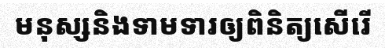
មនុស្សនិងទាមទារឲ្យពិនិត្យសើរើ